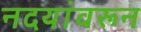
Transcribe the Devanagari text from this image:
नदयांवरून